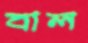
বাল